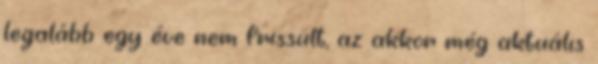
legalább egy éve nem frissült, az akkor még aktuális